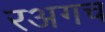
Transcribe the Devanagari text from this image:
रअगच